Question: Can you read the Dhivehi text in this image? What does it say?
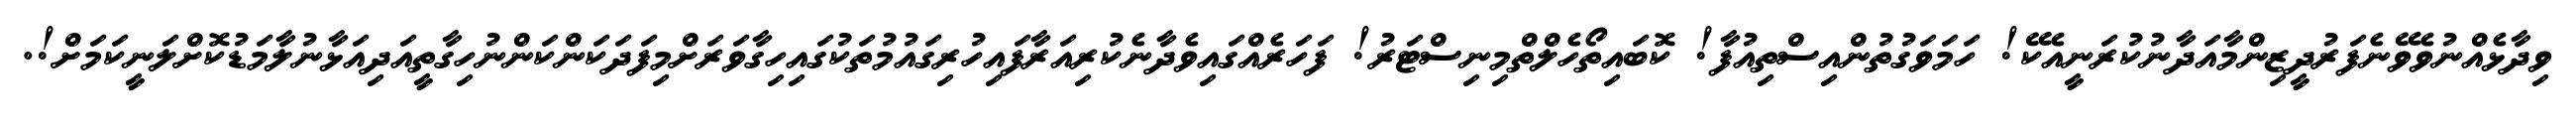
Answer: ވިދާޅެއްނުވެވޭނެފަރުދީޒިންމާއަދާނުކުރަނީއެކޭ! ހަމަވަގުތުންއިސްތިއުފާ! ކޮބައިތޯހެލްތްމިނިސްޓަރު! ފަހަރެއްގައިވެދާނެކުރިއަރާފައިހުރިގައުމުތަކުގައިހިގާވަރަށްމިފަދަކަންކަންނުހިގާތީއަދިއަޅާނުލާމަޑުކޮށްލަނީކަމަށް!.